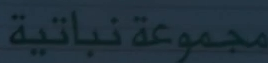
مجموعةنباتية